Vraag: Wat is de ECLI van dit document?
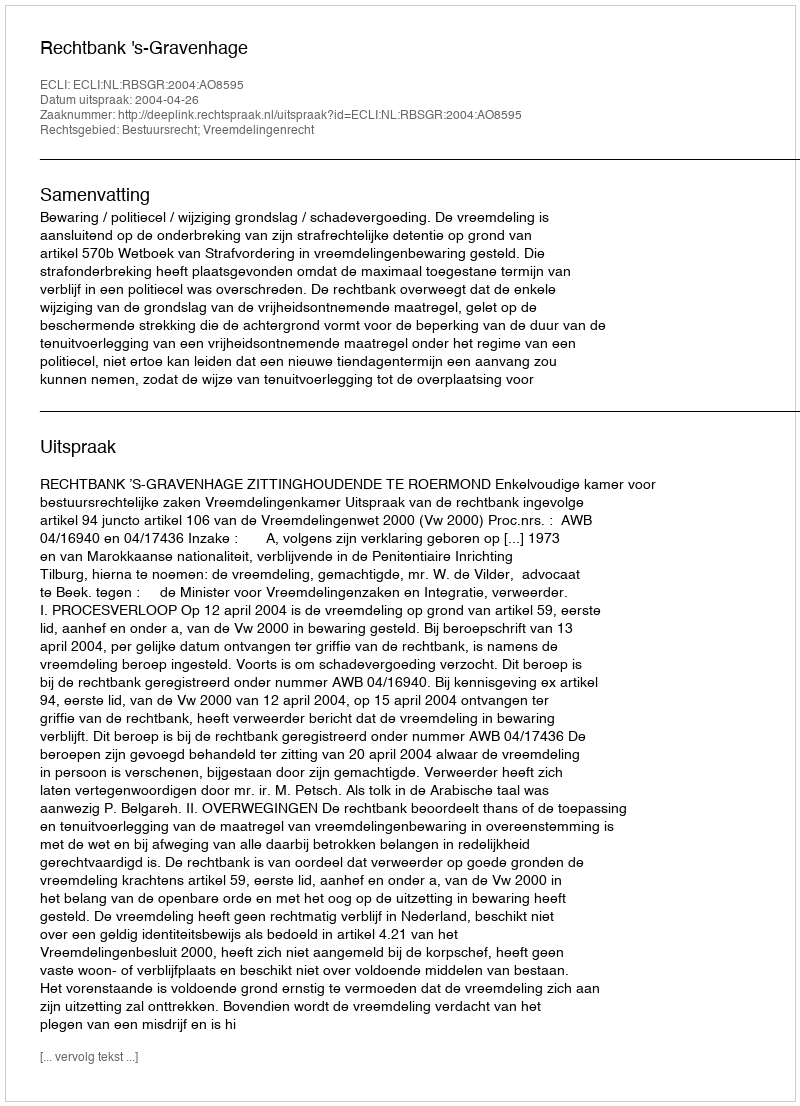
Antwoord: ECLI:NL:RBSGR:2004:AO8595